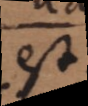
est.